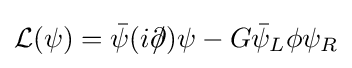
{\mathcal {L}}(\psi )={\bar {\psi }}(i\partial \!\!\!/)\psi -G{\bar {\psi }}_{L}\phi \psi _{R}